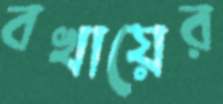
বখায়ের